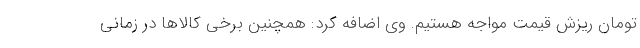
تومان ریزش قیمت مواجه هستیم. وی اضافه کرد: همچنین برخی کالاها در زمانی